Some observations on the morphology and mechanism of the parts in the orthorrapha - Number 58
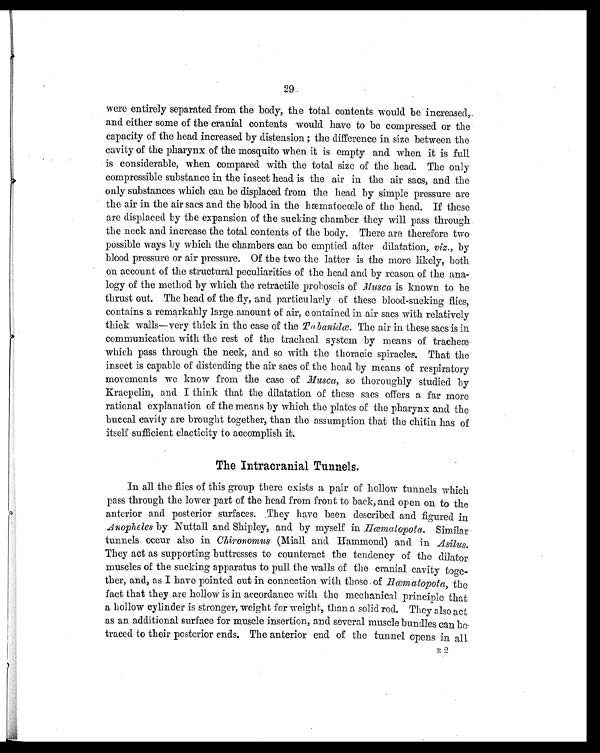
29
were entirely separated from the body, the total contents would be increased,
and either some of the cranial contents would have to be compressed or the
capacity of the head increased by distension ; the difference in size between the
cavity of the pharynx of the mosquito when it is empty and when it is full
is considerable, when compared with the total size of the head. The only
compressible substance in the insect head is the air in the air sacs, and the
only substances which can be displaced from the head by simple pressure are
the air in the air sacs and the blood in the hæmatocœle of the head. If these
are displaced by the expansion of the sucking chamber they will pass through
the neck and increase the total contents of the body. There are therefore two
possible ways by which the chambers can be emptied after dilatation, viz., by
blood pressure or air pressure. Of the two the latter is the more likely, both
on account of the structural peculiarities of the head and by reason of the ana-
logy of the method by which the retractile proboscis of Musca is known to be
thrust out. The head of the fly, and particularly of these blood-sucking flies,
contains a remarkably large amount of air, contained in air sacs with relatively
thick walls—very thick in the case of the Tabanidœ. The air in these sacs is in
communication with the rest of the tracheal system by means of tracheæ
which pass through the neck, and so with the thoracic spiracles. That the
insect is capable of distending the air sacs of the head by means of respiratory
movements we know from the case of Musca, so thoroughly studied by
Kraepelin, and I think that the dilatation of these sacs offers a far more
rational explanation of the means by which the plates of the pharynx and the
buccal cavity are brought together, than the assumption that the chitin has of
itself sufficient elacticity to accomplish it.
The Intracranial Tunnels.
In all the flies of this group there exists a pair of hollow tunnels which
pass through the lower part of the head from front to back, and open on to the
anterior and posterior surfaces. They have been described and figured in
Anopheles by Nuttall and Shipley, and by myself in Hœmatopota. Similar
tunnels occur also in Chironomus (Miall and Hammond) and in Asilus.
They act as supporting buttresses to counteract the tendency of the dilator
muscles of the sucking apparatus to pull the walls of the cranial cavity toge-
ther, and, as I have pointed out in connection with those of Hœmatopota, the
fact that they are hollow is in accordance with the mechanical principle that
a hollow cylinder is stronger, weight for weight, than a solid rod. They also act
as an additional surface for muscle insertion, and several muscle bundles can be
traced to their posterior ends. The anterior end of the tunnel opens in all